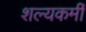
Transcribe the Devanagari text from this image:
शल्यकर्मी